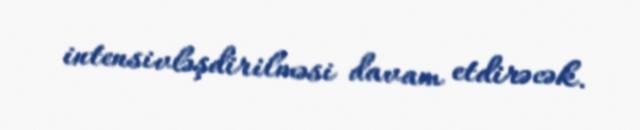
intensivləşdirilməsi davam etdirəcək.